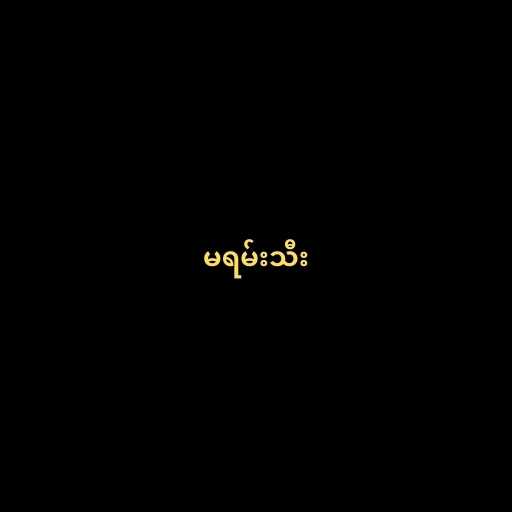
မရမ်းသီး